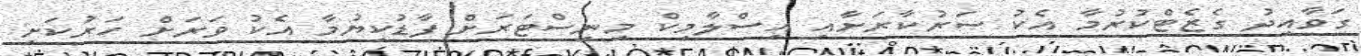
ގަވާއިދު ގެޒެޓްކުރުމާ އެކު ސަރުކާރަށާއި އިސްލާމިކް މިނިސްޓަރަށް ފާޑުކިޔުމާ އެކު ވަރަށް ހަރުކަށި